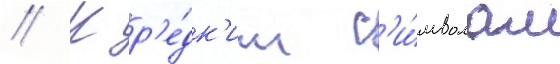
// К р'е́дк'им с'и́мволам